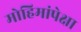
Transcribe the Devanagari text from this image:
मोहिमांपेक्षा